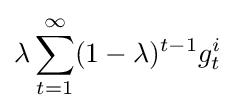
\lambda \sum _{t=1}^{\infty }(1-\lambda )^{t-1}g_{t}^{i}